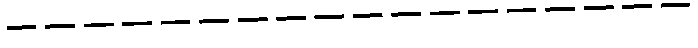
------------------